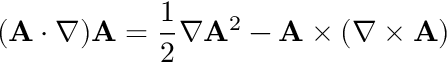
( \mathbf { A } \cdot \nabla ) \mathbf { A } = { \frac { 1 } { 2 } } \nabla \mathbf { A } ^ { 2 } - \mathbf { A } \times ( \nabla \times \mathbf { A } )